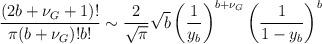
LaTeX: \begin{align*}\begin{multlined}[t][12.5cm]\frac{(2b+\nu_{G}+1)!}{\pi(b+\nu_{G})!b!}\sim \frac{2}{\sqrt{\pi}}\sqrt{b}\left(\frac{1}{y_{b}}\right)^{b+\nu_{G}}\left(\frac{1}{1-y_{b}}\right)^{b}\end{multlined}\end{align*}